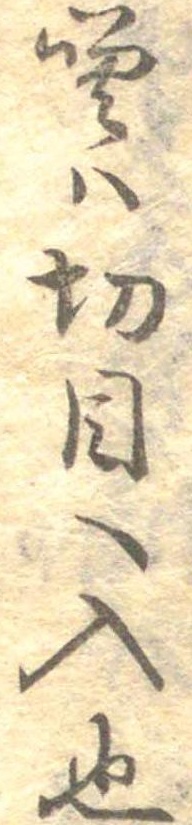
噌は切目へ入也